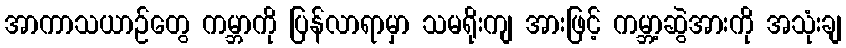
အာကာသယာဉ်တွေ ကမ္ဘာကို ပြန်လာရာမှာ သမရိုးကျ အားဖြင့် ကမ္ဘာ့ဆွဲအားကို အသုံးချ